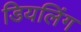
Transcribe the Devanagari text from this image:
डियलिंग